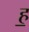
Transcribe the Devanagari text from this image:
ह॒